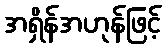
အရှိန်အဟုန်ဖြင့်